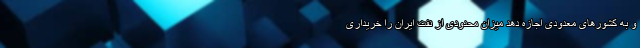
و به کشورهای معدودی اجازه دهد میزان محدودی از نفت ایران را خریداری